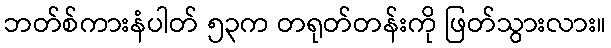
ဘတ်စ်ကားနံပါတ် ၅၃က တရုတ်တန်းကို ဖြတ်သွားလား။